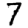
Digit: 7